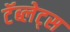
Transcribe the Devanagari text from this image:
टॅब्लेट्‍स